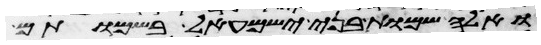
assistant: ואלה שמות בני ישמעאל בשמותם